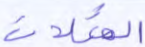
المثلات